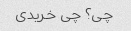
چی؟ چی خریدی